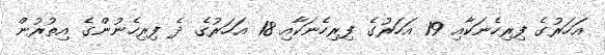
އަހަރުގެ ފިރިހެނަކާއި 19 އަހަރުގެ ފިރިހެނަކާއި 18 އަހަރުގެ ދެ ފިރިހެނުންގެ އިތުރުން